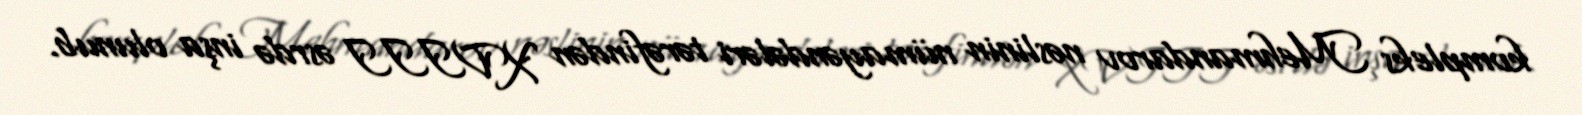
kompleks Mehmandarov nəslinin nümayəndələri tərəfindən XVIII əsrdə inşa olunub.